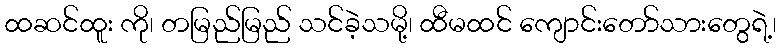
ထဆင်ထူး ကို၊ တမြည်မြည် သင်ခဲ့သမို့၊ ထီမထင် ကျောင်းတော်သားတွေရဲ့၊